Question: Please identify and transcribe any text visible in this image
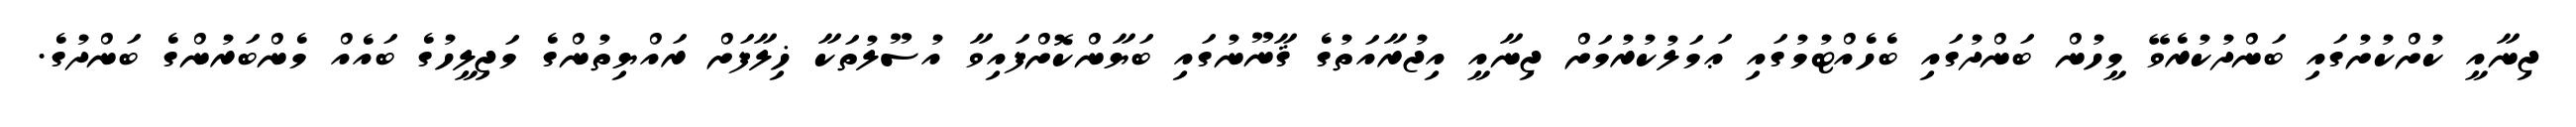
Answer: ޖިނާއީ ކުށްކުށުގައި ބަންދުކުރެވޭ މީހުން ބަންދުގައި ބެހެއްޓުމުގައި ޢަމަލުކުރުމަށް ޖިނާއީ އިޖުރާއަތުގެ ޤާނޫނުގައި ބަޔާންކޮށްފައިވާ އުސޫލުތަކާ ޚިލާފަށް ރައްޔިތުންގެ މަޖިލީހުގެ ބައެއް މެންބަރުންގެ ބަންދުގެ.